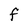
Character: F